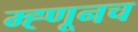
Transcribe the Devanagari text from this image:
म्ह्णूनच